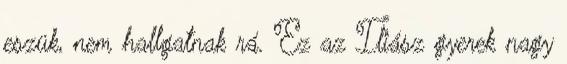
eszük, nem hallgatnak rá. Ez az Iliász gyerek nagy